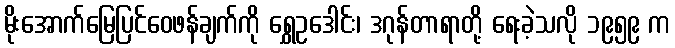
မိုးအောက်မြေပြင်ဝေဖန်ချက်ကို ရွှေဥဒေါင်း၊ ဒဂုန်တာရာတို့ ရေးခဲ့သလို ၁၉၅၉ က